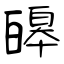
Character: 皞